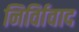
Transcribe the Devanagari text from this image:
निर्विावाद